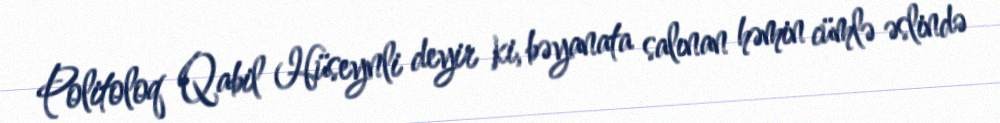
Politoloq Qabil Hüseynli deyir ki, bəyanata salınan həmin cümlə əslində